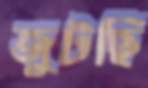
জুটছি